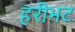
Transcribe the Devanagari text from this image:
हरीभट